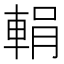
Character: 𨌉